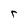
Character: r